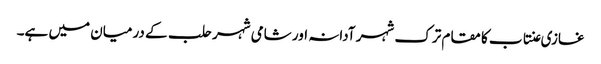
غازی عنتاب کا مقام ترک شہر آدانہ اور شامی شہر حلب کے درمیان میں ہے۔